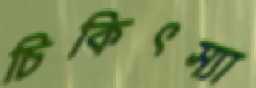
চিকিৎস্যা